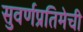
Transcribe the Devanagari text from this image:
सुवर्णप्रतिमेची